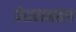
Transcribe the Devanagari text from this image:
पेशवामहल